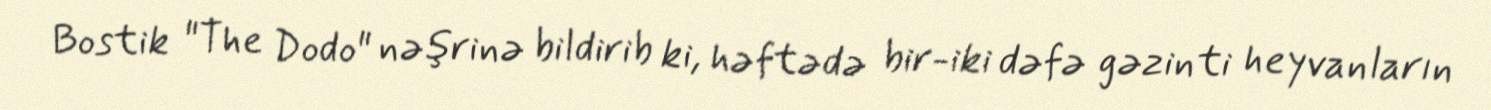
Bostik "The Dodo" nəşrinə bildirib ki, həftədə bir-iki dəfə gəzinti heyvanların